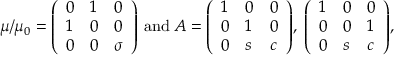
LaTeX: \mu / \mu _ { 0 } = \left( \begin{array} { l l l } { { 0 } } & { { 1 } } & { { 0 } } \\ { { 1 } } & { { 0 } } & { { 0 } } \\ { { 0 } } & { { 0 } } & { { \sigma } } \end{array} \right) \, \mathrm { a n d } \; A = \left( \begin{array} { l l l } { { 1 } } & { { 0 } } & { { 0 } } \\ { { 0 } } & { { 1 } } & { { 0 } } \\ { { 0 } } & { { s } } & { { c } } \end{array} \right) \! , \; \left( \begin{array} { l l l } { { 1 } } & { { 0 } } & { { 0 } } \\ { { 0 } } & { { 0 } } & { { 1 } } \\ { { 0 } } & { { s } } & { { c } } \end{array} \right) \! ,